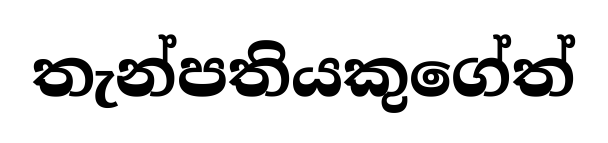
තැන්පතියකුගේත්